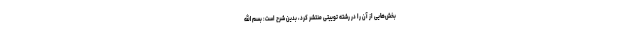
بخش‌هایی از آن را در رشته توییتی منتشر کرد، بدین شرح است: بسم الله